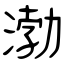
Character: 渤